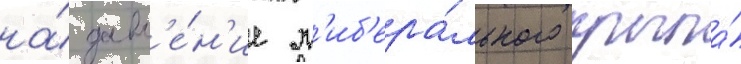
на́ давл'е́н'ие л'иб'ера́льного крыла́